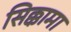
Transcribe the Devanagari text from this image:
सिक्कामा